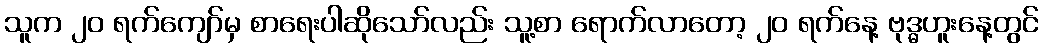
သူက ၂၀ ရက်ကျော်မှ စာရေးပါဆိုသော်လည်း သူ့စာ ရောက်လာတော့ ၂၀ ရက်နေ့ ဗုဒ္ဓဟူးနေ့တွင်